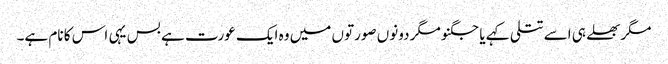
مگربھلے ہی اسے تتلی کہے یا جگنو مگر دونوں صورتوں میں وہ ایک عورت ہے بس یہی اس کا نام ہے۔